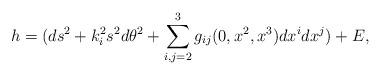
LaTeX: \begin{align*} h = (ds^2 + k_{i}^{2} s^2 d\theta^2 + \sum_{i,j=2}^{3}g_{ij}(0,x^2,x^3)dx^i dx^j) + E,\end{align*}